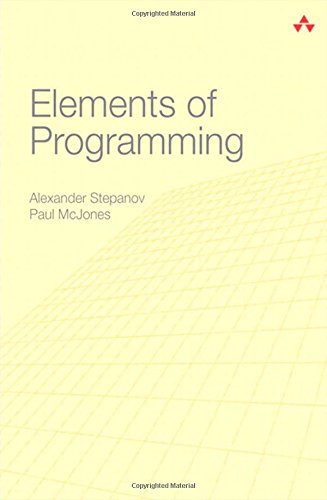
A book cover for Elements of Programming; Alexander A. Stepanov; Computers & Technology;